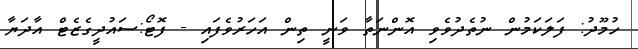
ހުމޫދު: ފަލަކަމުން ނުތެދުވެވި އޮންނަތާ ވަނީ ތިން އަހަރުވެފައި - ފޮޓޯ:ސައުދީގެޒެޓް އާދަޔާ